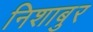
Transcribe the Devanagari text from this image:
निशाबुर